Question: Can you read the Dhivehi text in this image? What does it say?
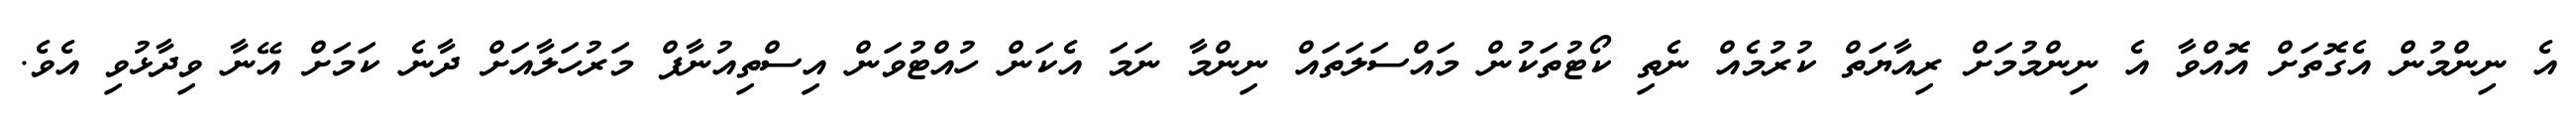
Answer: އެ ނިންމުން އެގޮތަށް އޮއްވާ އެ ނިންމުމަށް ރިއާޔަތް ކުރުމެއް ނެތި ކޯޓުތަކުން މައްސަލަތައް ނިންމާ ނަމަ އެކަން ހުއްޓުވަން އިސްތިއުނާފް މަރުހަލާއަށް ދާނެ ކަމަށް އޭނާ ވިދާޅުވި އެވެ.